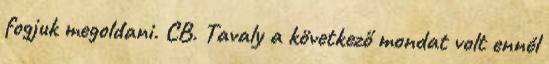
fogjuk megoldani. CB. Tavaly a következő mondat volt ennél